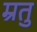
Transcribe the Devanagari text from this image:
म्रतु